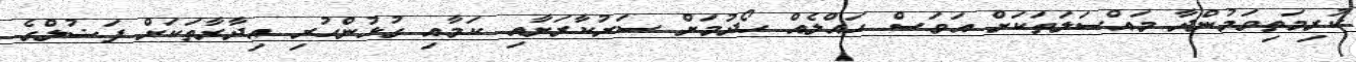
ކުރިމަތިވަމުންދާ މައްސަލަތަކަށް އަވަސް ހައްލެއް ހޯދުމަށް ސަރުކާރަށާއި ކަމާއި ގުޅުންހުރި އިދާރާތަކަށް ފަޟުލްގެ